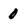
Character: 0